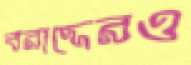
বরাদ্দেরও